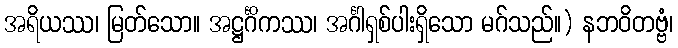
အရိယဿ၊ မြတ်သော။ အဋ္ဌင်္ဂိကဿ၊ အင်္ဂါရှစ်ပါးရှိသော မဂ်သည်။) နဘဝိတဗ္ဗံ၊